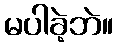
မပါခဲ့ဘဲ။